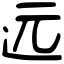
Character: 远